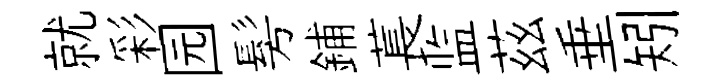
就彩园髣鋪萇监茲垂矧